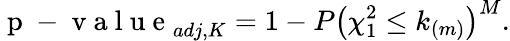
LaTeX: \mathrm{~p~-~v~a~l~u~e~}_{adj,K}=1-P\bigl(\chi_{1}^{2}\leq k_{(m)}\bigl)^{M}.